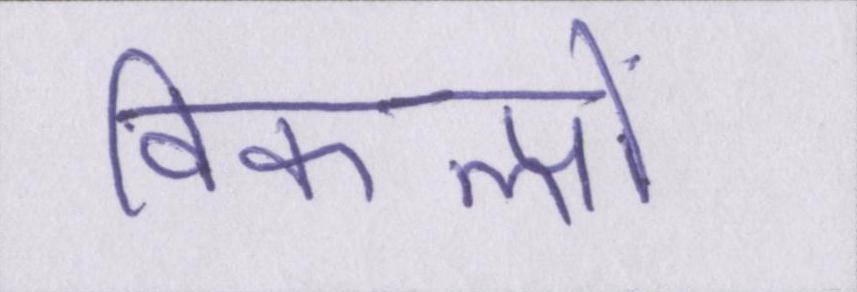
विकल्पों